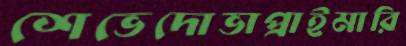
শেভেদোভাপ্রাইমারি